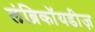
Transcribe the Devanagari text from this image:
लंब्रिकॉयडीज़